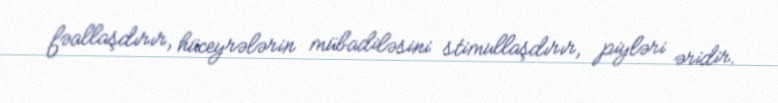
fəallaşdırır, hüceyrələrin mübadiləsini stimullaşdırır, piyləri əridir.